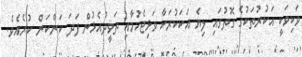
ވަކިވަކީ އަކުރުތަކުގެ ގޮތުގައި ލިޔެ އަކަކުރަހާ ވަޅިޖެހުމާއި ތަވީދުއެޅުން ފަދަ ކަންކަން ކުރެއެވެ.